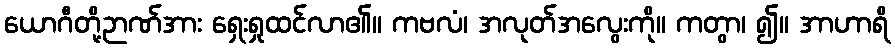
ယောဂီတို့ဉာဏ်အား ရှေးရှုထင်လာ၏။ ကဗလံ၊ အလုတ်အလွေးကို။ ကတွာ၊ ၍။ အာဟာရိ